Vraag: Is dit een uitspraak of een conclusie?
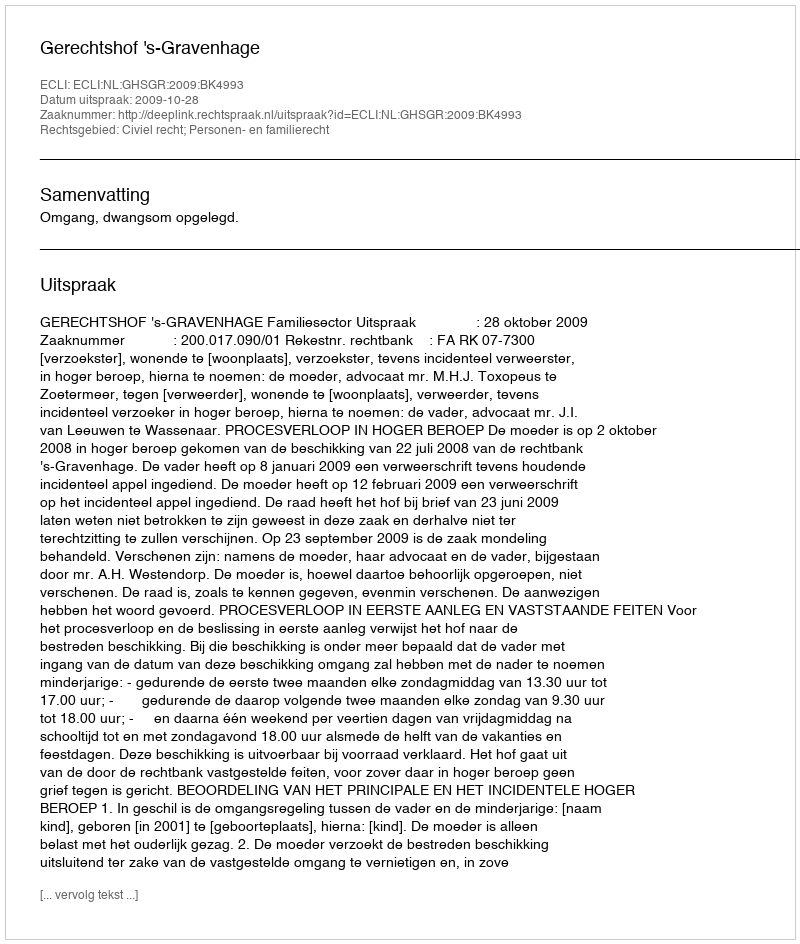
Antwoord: Uitspraak